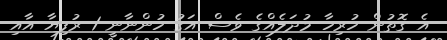
އެ ގޮތުން ހުރިހާ މުދަލެއްގެ ވެސް އަގު ހުންނާނީ 1 ރުފިޔާ އާއި